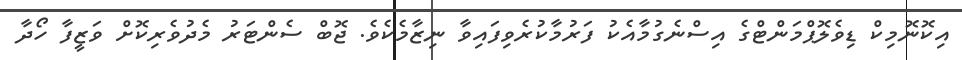
އިކޮނޮމިކް ޑިވެލޮޕްމަންޓްގެ އިސްނެގުމާއެކު ފަރުމާކުރެވިފައިވާ ނިޒާމެކެވެ. ޖޮބް ސެންޓަރު މެދުވެރިކޮށް ވަޒީފާ ހޯދާ